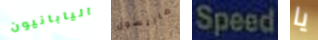
اليابانيون ماريسول Speed يا